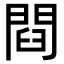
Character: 閰